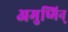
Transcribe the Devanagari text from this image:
अमुष्मिन्